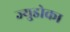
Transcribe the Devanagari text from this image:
ज्युडोका